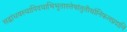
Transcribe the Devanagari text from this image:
सद्बांधवस्यापिदयाभिभूतास्तेषांतुतीर्थानिफलप्रदानि